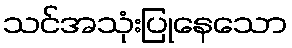
သင်အသုံးပြုနေသော